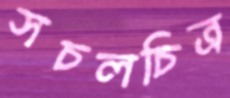
সচলচিত্র